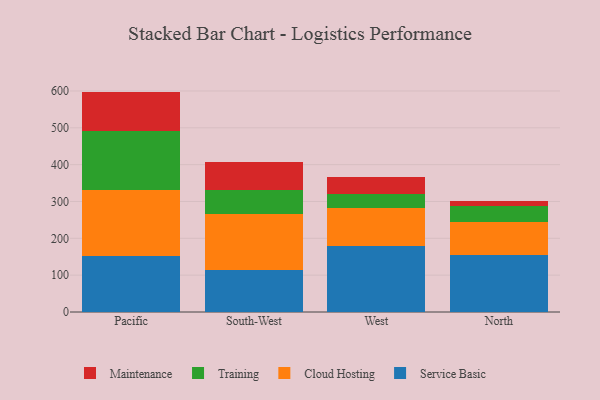
{"axis": {"x": "Region", "y": "Budget (USD K)"}, "legend": ["Cloud Hosting", "Maintenance", "Service Basic", "Training"], "data": [{"x": "Pacific", "y": 152.8, "type": "Service Basic"}, {"x": "Pacific", "y": 178.2, "type": "Cloud Hosting"}, {"x": "Pacific", "y": 161.1, "type": "Training"}, {"x": "Pacific", "y": 106.2, "type": "Maintenance"}, {"x": "South-West", "y": 113.5, "type": "Service Basic"}, {"x": "South-West", "y": 153.1, "type": "Cloud Hosting"}, {"x": "South-West", "y": 63.5, "type": "Training"}, {"x": "South-West", "y": 78.0, "type": "Maintenance"}, {"x": "West", "y": 178.4, "type": "Service Basic"}, {"x": "West", "y": 104.8, "type": "Cloud Hosting"}, {"x": "West", "y": 37.8, "type": "Training"}, {"x": "West", "y": 46.4, "type": "Maintenance"}, {"x": "North", "y": 154.8, "type": "Service Basic"}, {"x": "North", "y": 88.4, "type": "Cloud Hosting"}, {"x": "North", "y": 45.7, "type": "Training"}, {"x": "North", "y": 11.9, "type": "Maintenance"}]}